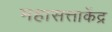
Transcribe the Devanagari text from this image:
महासत्ताकेंद्र